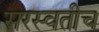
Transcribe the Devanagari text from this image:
सरस्वतीच